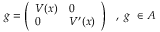
g = \left( \begin{array} { l l } { { V ( x ) } } & { { 0 } } \\ { { 0 } } & { { V ^ { \prime } ( x ) } } \end{array} \right) \, \, \, \, , \, \, g \, \, \in { \cal A }